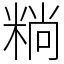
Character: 䊑